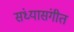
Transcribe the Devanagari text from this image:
संध्यासंगीत